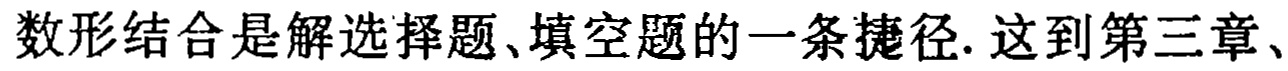
数形结合是解选择题、填空题的一条捷径. 这到第三章、